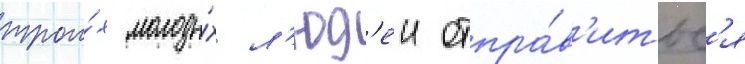
трои́х молоды́х л'юд'еи отпра́в'итьс'я